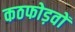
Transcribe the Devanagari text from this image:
कठफोड़वों